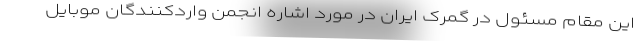
این مقام مسئول در گمرک ایران در مورد اشاره انجمن واردکنندگان موبایل